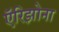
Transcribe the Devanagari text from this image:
ऍरिझोना